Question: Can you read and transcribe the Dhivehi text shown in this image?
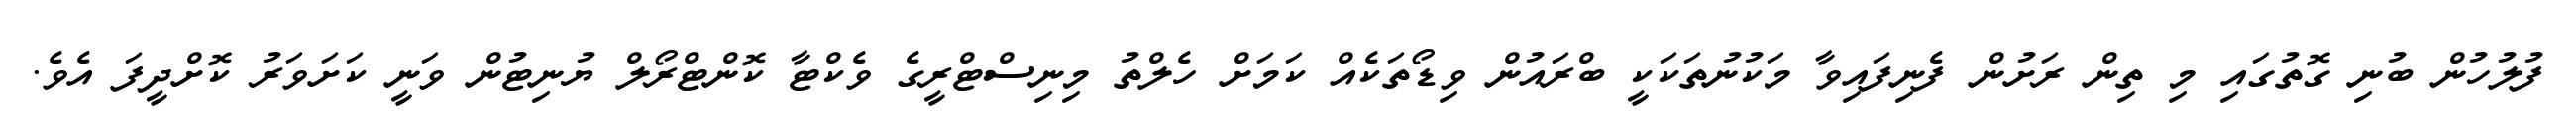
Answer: ފުލުހުން ބުނި ގޮތުގައި މި ތިން ރަށުން ފެނިފައިވާ މަކުނުތަކަކީ ބްރައުން ވިޑޯތަކެއް ކަމަށް ހެލްތު މިނިސްޓްރީގެ ވެކްޓާ ކޮންޓްރޯލް ޔުނިޓުން ވަނީ ކަށަވަރު ކޮށްދީފަ އެވެ.